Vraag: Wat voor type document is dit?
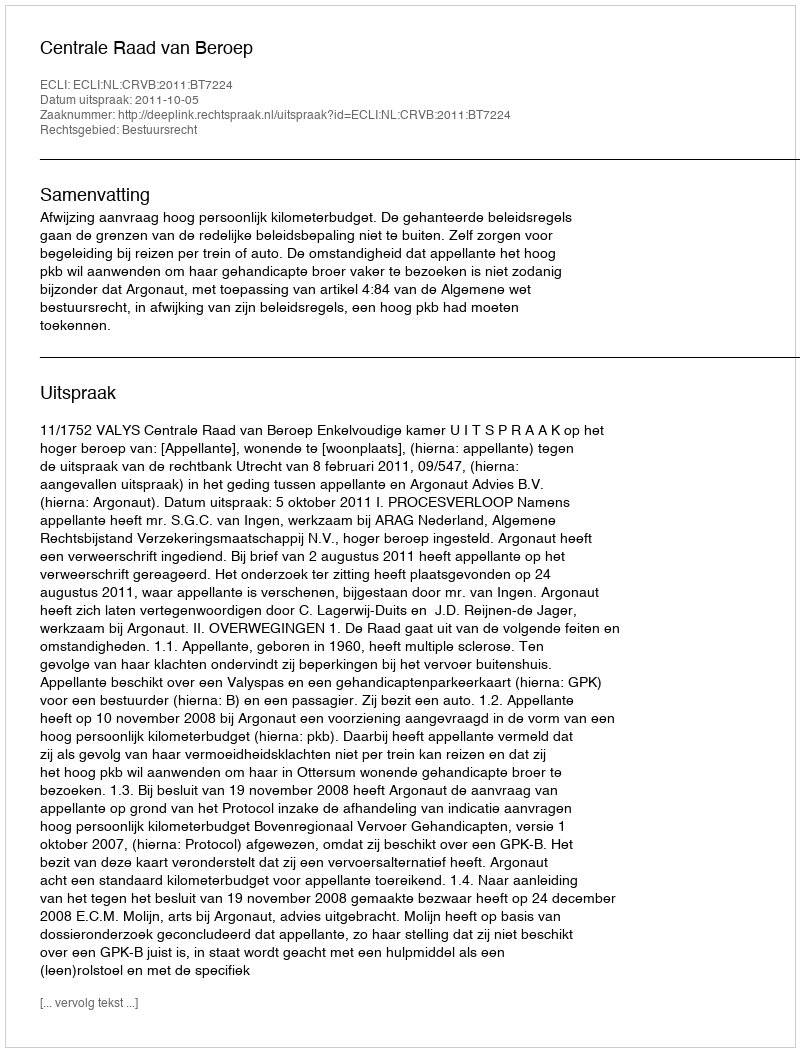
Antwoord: Uitspraak